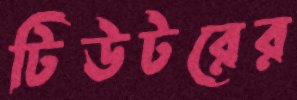
টিউটরের